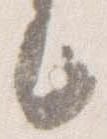
言